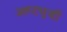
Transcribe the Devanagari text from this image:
अष्‍टभुजी